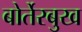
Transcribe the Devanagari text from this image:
बोर्तेरबुख